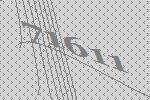
71611